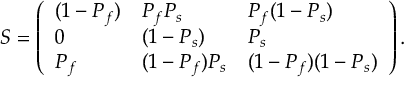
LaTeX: S = \left( \begin{array} { l l l } { { ( 1 - P _ { f } ) } } & { { P _ { f } P _ { s } } } & { { P _ { f } ( 1 - P _ { s } ) } } \\ { { 0 } } & { { ( 1 - P _ { s } ) } } & { { P _ { s } } } \\ { { P _ { f } } } & { { ( 1 - P _ { f } ) P _ { s } } } & { { ( 1 - P _ { f } ) ( 1 - P _ { s } ) } } \end{array} \right) .